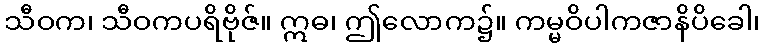
သီဝက၊ သီဝကပရိဗိုဇ်။ ဣဓ၊ ဤလောက၌။ ကမ္မဝိပါကဇာနိပိခေါ၊